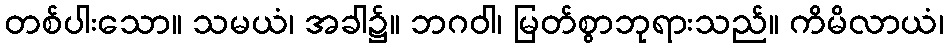
တစ်ပါးသော။ သမယံ၊ အခါ၌။ ဘဂဝါ၊ မြတ်စွာဘုရားသည်။ ကိမိလာယံ၊